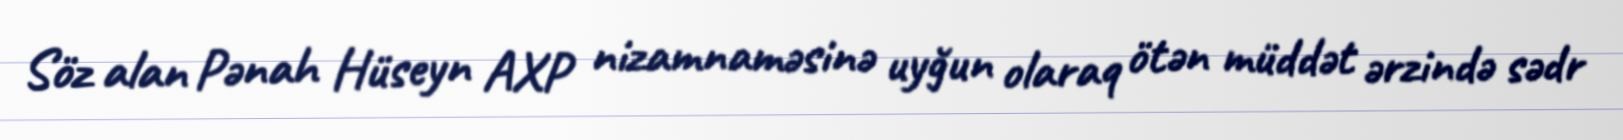
Söz alan Pənah Hüseyn AXP nizamnaməsinə uyğun olaraq ötən müddət ərzində sədr